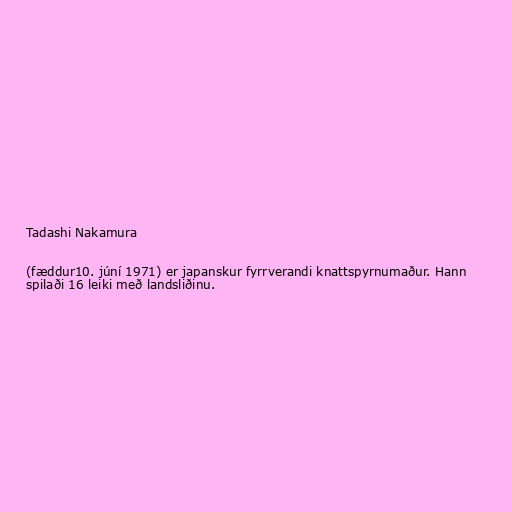
Tadashi Nakamura

(fæddur10. júní 1971) er japanskur fyrrverandi knattspyrnumaður. Hann
spilaði 16 leiki með landsliðinu.